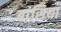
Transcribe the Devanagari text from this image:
बांसिया